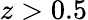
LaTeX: z>0.5